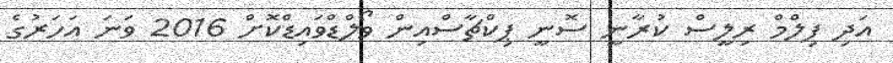
އަދި ފިލްމް ރިލީސް ކުރާނީ ސޮނީ ޕިކްޗާސްއިން ވޯލްޑްވައިޑްކޮށް 2016 ވަނަ އަހަރުގެ